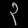
Digit: ၃